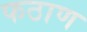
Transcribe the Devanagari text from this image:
फठाण